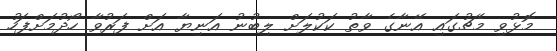
މޮޅުވި މެޗުގައި އޭނާގެ ވާތު ކަކުލަށް ލިބުނު އަނިޔާ އަށް ފަރުވާ ހޯދުމަށްފަހު